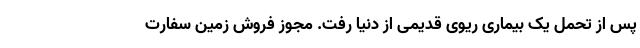
پس از تحمل یک بیماری ریوی قدیمی از دنیا رفت. مجوز فروش زمین سفارت